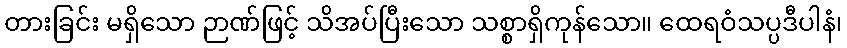
တားခြင်း မရှိသော ဉာဏ်ဖြင့် သိအပ်ပြီးသော သစ္စာရှိကုန်သော။ ထေရဝံသပ္ပဒီပါနံ၊